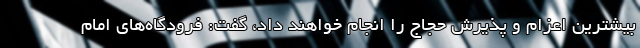
بیشترین اعزام و پذیرش حجاج را انجام خواهند داد، گفت: فرودگاه‌های امام